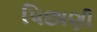
પિછાણી